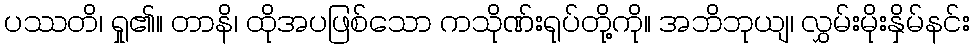
ပဿတိ၊ ရှု၏။ တာနိ၊ ထိုအပဖြစ်သော ကသိုဏ်းရုပ်တို့ကို။ အဘိဘုယျ၊ လွှမ်းမိုးနှိမ်နင်း